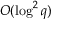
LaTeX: O ( \log ^ { 2 } { q } )